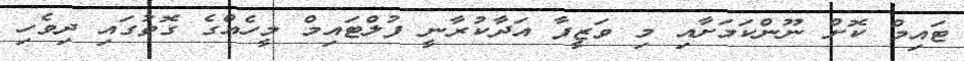
ޓައިމް ކޮށް ނޫންކަމަށާއި މި ވަޒީފާ އަދާކުރާނީ ފުލްޓައިމް މީހެއްގެ ގޮތުގައި ދިވެހި